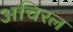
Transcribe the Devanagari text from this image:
अचिरल